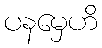
ပနမှေဟိ